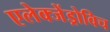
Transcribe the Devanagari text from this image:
एलेक्जेंड्रोविच